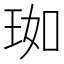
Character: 𬍣